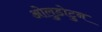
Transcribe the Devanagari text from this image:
ओलुडोटुन